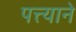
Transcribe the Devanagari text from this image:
पत्त्याने